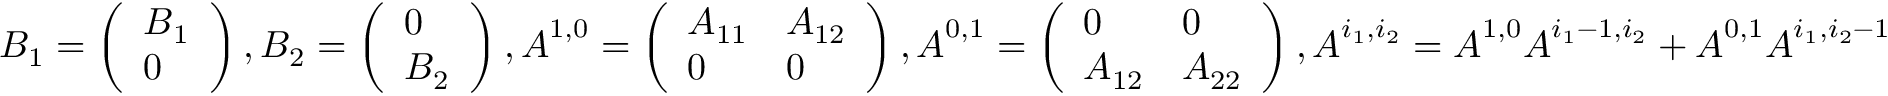
\begin{array} { r } { \boldsymbol { B } _ { 1 } = \left( \begin{array} { l } { \boldsymbol { B } _ { 1 } } \\ { 0 } \end{array} \right) , \boldsymbol { B } _ { 2 } = \left( \begin{array} { l } { 0 } \\ { \boldsymbol { B } _ { 2 } } \end{array} \right) , \boldsymbol { A } ^ { 1 , 0 } = \left( \begin{array} { l l } { \boldsymbol { A } _ { 1 1 } } & { \boldsymbol { A } _ { 1 2 } } \\ { 0 } & { 0 } \end{array} \right) , \boldsymbol { A } ^ { 0 , 1 } = \left( \begin{array} { l l } { 0 } & { 0 } \\ { \boldsymbol { A } _ { 1 2 } } & { \boldsymbol { A } _ { 2 2 } } \end{array} \right) , \boldsymbol { A } ^ { i _ { 1 } , i _ { 2 } } = \boldsymbol { A } ^ { 1 , 0 } \boldsymbol { A } ^ { i _ { 1 } - 1 , i _ { 2 } } + \boldsymbol { A } ^ { 0 , 1 } \boldsymbol { A } ^ { i _ { 1 } , i _ { 2 } - 1 } } \end{array}